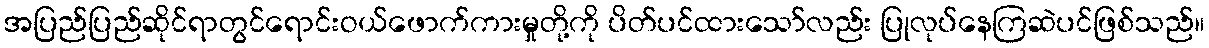
အပြည်ပြည်ဆိုင်ရာတွင်ရောင်းဝယ်ဖောက်ကားမှုတို့ကို ပိတ်ပင်ထားသော်လည်း ပြုလုပ်နေကြဆဲပင်ဖြစ်သည်။